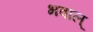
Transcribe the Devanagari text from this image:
भवाल्